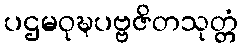
ပဌမဝုဍ္ဎပဗ္ဗဇိတသုတ္တံ